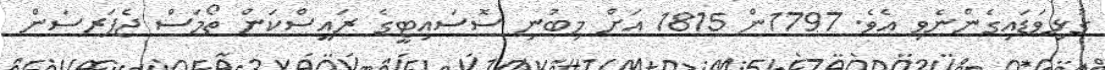
ގުޅިވަޑައިގެންނެވި އެވެ. 1797ން 1815 އަށް މިބުނި ސޮސައިޓީގެ ރައީސްކަން ތޯމަސް ޖެފަރސަން